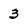
Character: 3